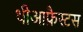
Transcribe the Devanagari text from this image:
थीआफ्रैस्टस